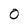
Character: O